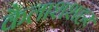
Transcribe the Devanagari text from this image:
कैलाशशहर